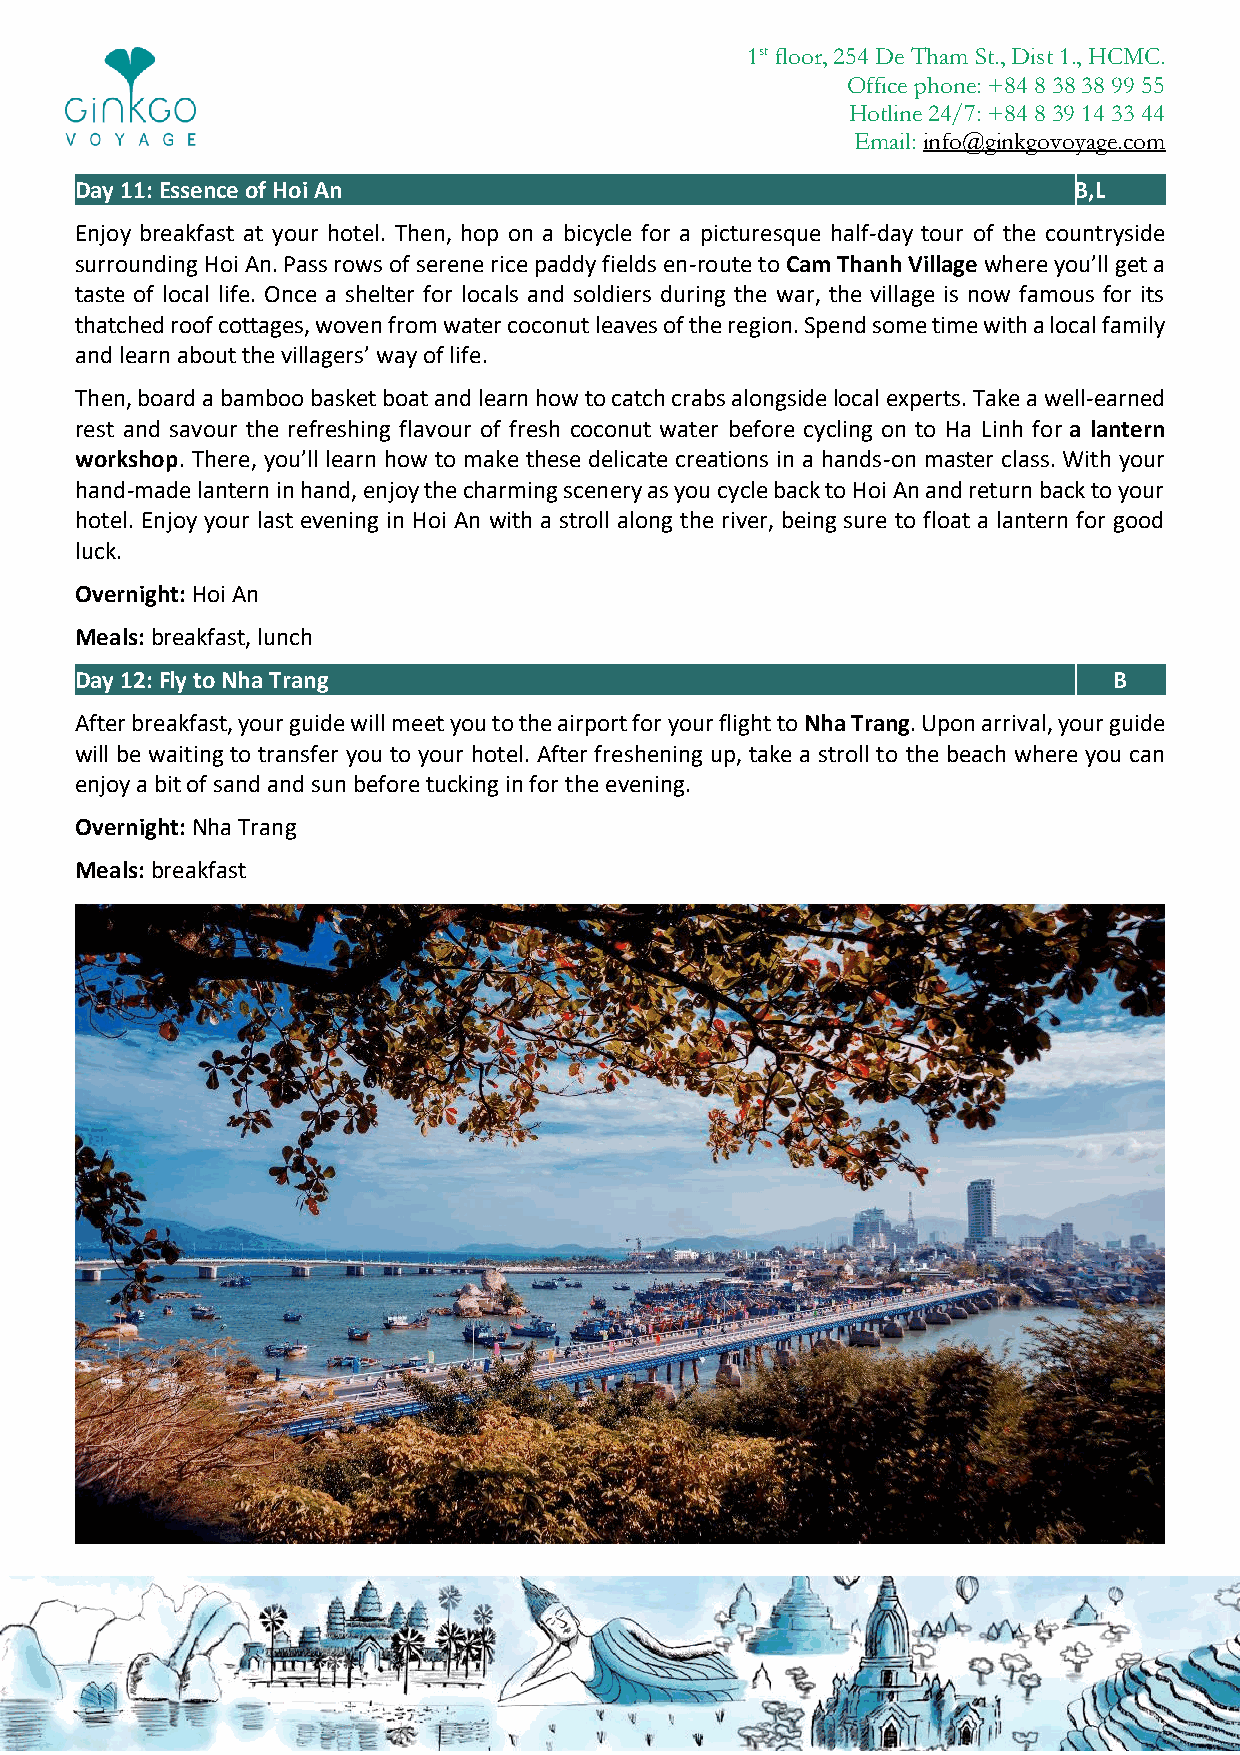
1st floor, 254 De Tham St., Dist 1., HCMC.
 Office phone: +84 8 38 38 99 55
 Hotline 24/7: +84 8 39 14 33 44
 Email: info@ginkgovoyage.com
 Day 11: Essence of Hoi An                                         B,L
 Enjoy breakfast at your hotel. Then, hop on a bicycle for a picturesque half-day tour of the countryside
 surrounding Hoi An. Pass rows of serene rice paddy fields en-route to Cam Thanh Village where you’ll get a
 taste of local life. Once a shelter for locals and soldiers during the war, the village is now famous for its
 thatched roof cottages, woven from water coconut leaves of the region. Spend some time with a local family
 and learn about the villagers’ way of life.
 Then, board a bamboo basket boat and learn how to catch crabs alongside local experts. Take a well-earned
 rest and savour the refreshing flavour of fresh coconut water before cycling on to Ha Linh for a lantern
 workshop. There, you’ll learn how to make these delicate creations in a hands-on master class. With your
 hand-made lantern in hand, enjoy the charming scenery as you cycle back to Hoi An and return back to your
 hotel. Enjoy your last evening in Hoi An with a stroll along the river, being sure to float a lantern for good
 luck.
 Overnight: Hoi An
 Meals: breakfast, lunch
 Day 12: Fly to Nha Trang                                             B
 After breakfast, your guide will meet you to the airport for your flight to Nha Trang. Upon arrival, your guide
 will be waiting to transfer you to your hotel. After freshening up, take a stroll to the beach where you can
 enjoy a bit of sand and sun before tucking in for the evening.
 Overnight: Nha Trang
 Meals: breakfast